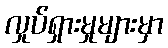
လှုပ်ရှားမှုများမှာ